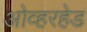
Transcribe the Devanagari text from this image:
ओव्हरहेड